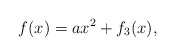
\begin{align*} f(x)= ax^2 + f_3(x), \end{align*}